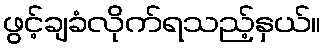
ဖွင့်ချခံလိုက်ရသည့်နှယ်။